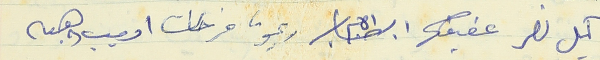
كميل نصر عفيف ريمون فرحات اديب وهبه